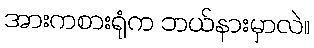
အားကစားရုံက ဘယ်နားမှာလဲ။